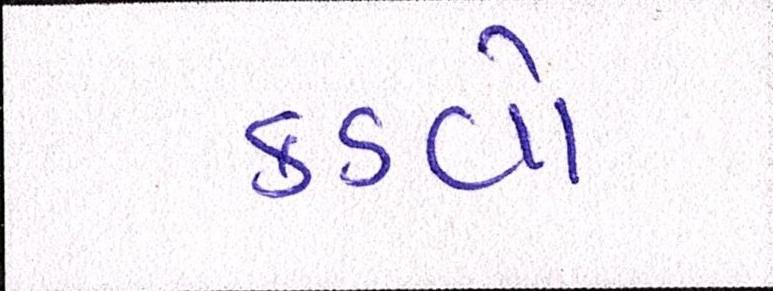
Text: કડવો